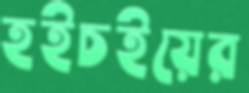
হইচইয়ের